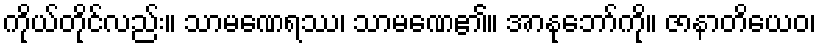
ကိုယ်တိုင်လည်း။ သာမဏေရဿ၊ သာမဏေ၏။ အာနုဘော်ကို။ ဇာနာတိယေဝ၊